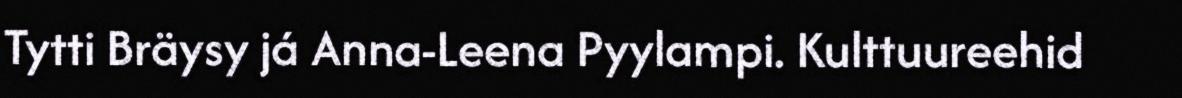
Tytti Bräysy já Anna-Leena Pyylampi. Kulttuureehid